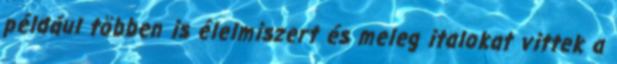
például többen is élelmiszert és meleg italokat vittek a